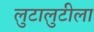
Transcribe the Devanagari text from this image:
लुटालुटीला